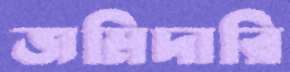
জমিদারি